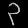
Digit: ၃